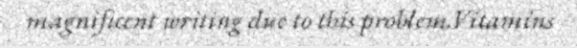
magnificent writing due to this problem.Vitamins